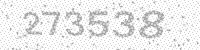
Solution: 273538